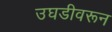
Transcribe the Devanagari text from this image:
उघडीवरून